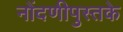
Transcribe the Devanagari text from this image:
नोंदणीपुस्तके